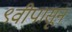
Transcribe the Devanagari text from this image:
९वीपासून